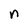
Character: n